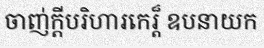
ចាញ់ក្តីបរិហារកេរ្ត៏ ឧបនាយក